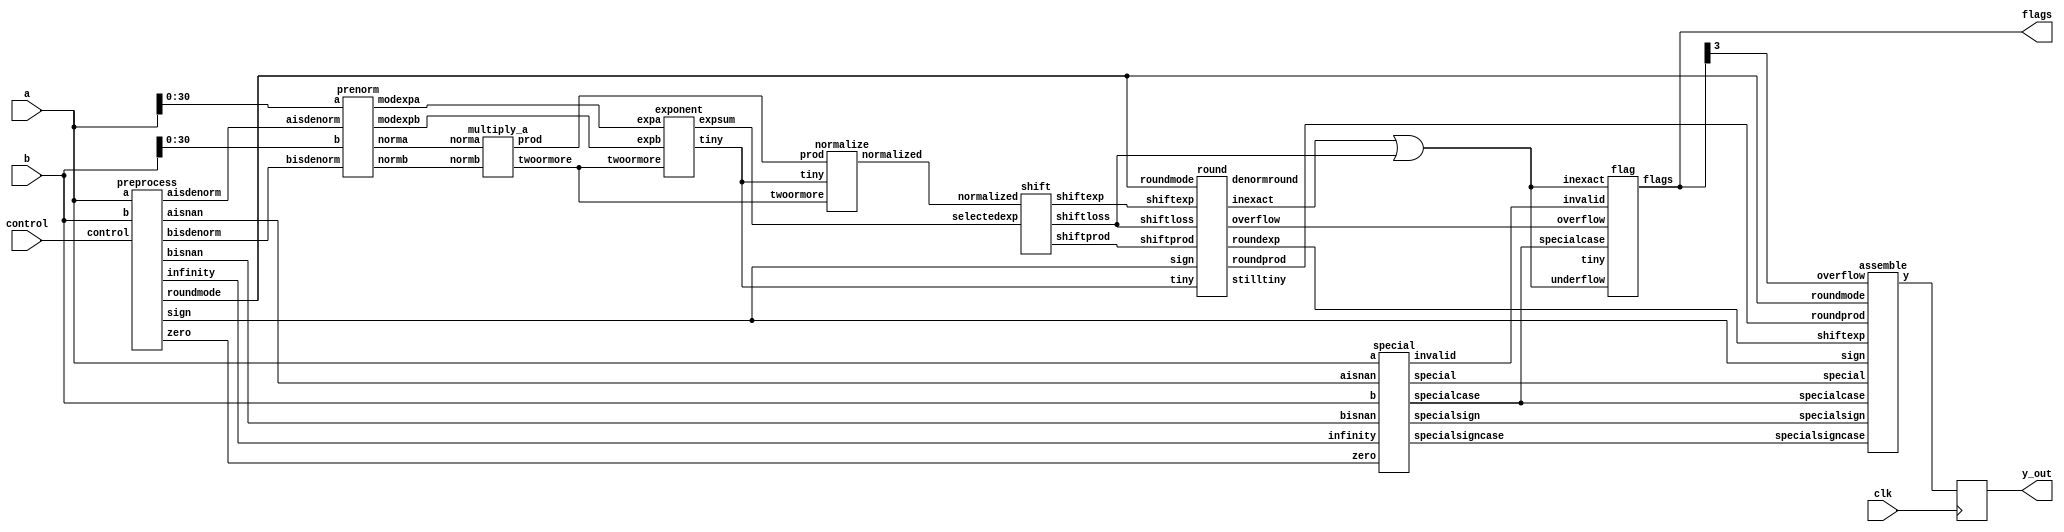
`define NWIDTH 6'b010100
`define BLOCKWIDTH 4'b0101
`define DDRWIDTH 7'b0100000
`define DDRNUMDQS 4'b0100
`define DDRSIZEWIDTH 6'b011000
`define BURSTLEN 3'b010
`define MEMCONWIDTH 8'b01000000
`define MEMCONNUMBYTES 5'b01000
`define RAMWIDTH 10'b0100000000
`define RAMNUMBYTES 7'b0100000
`define RAMSIZEWIDTH 4'b0101
`define TOPWIDTH 7'b0100000
`define rFIFOINPUTWIDTH 8'b01000000
`define wFIFOINPUTWIDTH 10'b0100000000
`define mFIFOWIDTH 6'b011100
`define aFIFOWIDTH 4'b0101
`define SIMULATION_MEMORY
`define BLOCKM 6'b010000
`define BLOCKN 6'b010000
`define BLOCKMDIVK 3'b010
`define MEMBLOCKM 5'b01000
`define MEMBLOCKN 5'b01000
`define NWIDTH 6'b010100
`define BLOCKWIDTH 4'b0101
`define DDRSIZEWIDTH 6'b011000
`define RAMSIZEWIDTH 4'b0101
`define START 1'b0 //0
`define SETUP 2'b01 //1
`define FIRST 3'b010 //2
`define MODE0_SETUP 3'b011 //3
`define MODE0_WAIT 4'b0100 //4
`define MODE0 4'b0101 //5
`define MODE1_SETUP 4'b0110 //6
`define MODE1_WAIT 4'b0111 //7
`define MODE1 5'b01000 //8
`define MODE2_SETUP 5'b01001 //9
`define MODE2_WAIT 5'b01010 //10
`define MODE2 5'b01011 //11
`define MODE3_SETUP 5'b01100 //12
`define MODE3_WAIT 5'b01101 //13
`define MODE3 5'b01110 //14
`define STALL 5'b01111 //15
`define STALL_WAIT 6'b010000 //16
`define WAIT 6'b010001 //17
`define FINAL_WRITE 6'b010010 //18
`define FINAL_WAIT 6'b010011 //19
`define IDLE 6'b010100 //20
`define LAST_SETUP 6'b010101 //21
`define LAST_SETUP_WAIT 6'b010110 //22
`define LAST 6'b010111 //23
`define LAST_WAIT 6'b011000 //24
`define MEM_IDLE 1'b0 //0
`define MEM_WRITE 2'b01 //1
`define MEM_WRITE_WAIT 3'b010 //2
`define MEM_CHECK_DONE 3'b011 //3
`define MEM_READ 4'b0100 //4
`define MEM_READ_WAIT 4'b0101 //5
`define MEM_DONE 4'b0110 //6
`define MEM_WAIT_DONE 4'b0111 //7
`define rRAMSIZEWIDTH 5
`define cSETUP 4'b0000
`define cSTART 4'b0001
`define cFETCH_COL 4'b0010
`define cWAIT_COL 4'b0011
`define cFIND_REC 4'b0100
`define cMULT_COL 4'b0101
`define cUPDATE_J 4'b0110
`define cSTORE_MO 4'b0111
`define cMULT_SUB 4'b1000
`define cINCRE_I 4'b1001
`define cWAIT 4'b1010
`define cDONE 4'b1011
`define cSTORE_DIAG 4'b1100
`define cSTORE_DIAG2 4'b1101
`define cSTART_FETCH_ROW 4'b1110
`define cROW_WAIT 2'b00
`define cFETCH_ROW 2'b01
`define cDONE_FETCH_ROW 2'b10
`define cLOAD_ROW_INC_J 2'b11
`define PRECISION 7'b0100000
`define NUMPE 5'b01000
`define PEWIDTH 3'b011
`define BLOCKWIDTH 4'b0101
`define RAMWIDTH 10'b0100000000
`define RAMNUMBYTES 7'b0100000
`define RAMSIZEWIDTH 4'b0101
`define TOPSIZEWIDTH 5'b01000
`define TOPINPUTDELAY 3'b011
`define TOPOUTPUTDELAY 2'b01
`define MEMINPUTDELAY 3'b010
`define MEMOUTPUTDELAY 2'b01
`define TOPWIDTH 7'b0100000
//`define rFIFOINPUTWIDTH 64
`define rFIFOSIZE 64
`define rFIFOSIZEWIDTH 6
`define rFIFOOUTPUTWIDTH 256
`define rFIFORSIZEWIDTH 4
	`define wFIFOINPUTWIDTH 10'b0100000000
	`define wFIFOSIZE 6'b010000
	`define wFIFOSIZEWIDTH 4'b0100
	`define wFIFOOUTPUTWIDTH 8'b01000000
	`define wFIFORSIZEWIDTH 4'b0110
`define aFIFOSIZE 6'b010000
`define aFIFOSIZEWIDTH 4'b0100
`define aFIFOWIDTH 4'b0101
`define mFIFOSIZE 16
`define mFIFOSIZEWIDTH 4
//`define mFIFOWIDTH 28
`define BURSTLEN 3'b010
`define BURSTWIDTH 3'b010
`define DATAWIDTH 10'b0100000000
`define DATANUMBYTES 7'b0100000
`define MEMCONWIDTH 8'b01000000
`define MEMCONNUMBYTES 5'b01000
`define DDRSIZEWIDTH 6'b011000
`define FIFOSIZE 6'b010000
`define FIFOSIZEWIDTH 4'b0100
`define RAMWIDTH 10'b0100000000
`define RAMNUMBYTES 7'b0100000
`define RAMSIZEWIDTH 4'b0101
`define RATIO 4'b0100
`define RAMLAT 4'b0101
`define dIDLE 0
`define dWRITE 1
`define dREAD 2
`define ZERO        8'b00000000  
`define ONE         8'b00000001  
`define TWO         8'b00000010  
`define THREE 		  8'b00000011  
`define FOUR		  8'b00000100  
`define FIVE		  8'b00000101  
`define SIX         8'b00000110  
`define SEVEN       8'b00000111  
`define EIGHT       8'b00001000  
`define NINE        8'b00001001  
`define TEN         8'b00001010  
`define ELEVEN      8'b00001011  
`define TWELVE      8'b00001100  
`define THIRTEEN    8'b00001101  
`define FOURTEEN    8'b00001110  
`define FIFTEEN     8'b00001111  
`define SIXTEEN     8'b00010000  
`define SEVENTEEN   8'b00010001  
`define EIGHTEEN	  8'b00010010  
`define NINETEEN    8'b00010011  
`define TWENTY		  8'b00010100  
`define TWENTYONE   8'b00010101  
`define TWENTYTWO   8'b00010110  
`define TWENTYTHREE 8'b00010111  
`define TWENTYFOUR  8'b00011000  
`define WEXP	8  
`define WSIG	23  
`define WFLAG	5  
`define WCONTROL 5  
`define DIVZERO 	0  
`define INVALID 	1  
`define INEXACT 	2  
`define OVERFLOW 	3  
`define UNDERFLOW	4  
`define WIDTH 		32 	//(`WEXP + `WSIG + 1)  
`define PRODWIDTH	48 	//(2 * (`WSIG + 1))  
`define SHIFTWIDTH	96 	//(2 * `PRODWIDTH))  
`define WPRENORM	24	// `WSIG + 1  
`define WEXPSUM		10	// `WEXP + 2  
`define BIAS		127	// (2^(`WEXP)) - 1  
`define WSIGMINUS1	22	// `WSIG - 1, used for rounding  
`define WSHIFTAMT	5	// log2(`WSIG + 1) rounded up  
`define UNDERBIAS	192	// 3 * 2 ^ (`WEXP -2)  
`define OVERBIAS	-192	// -`UNDERBIAS  
`define	EXTRASIG	25		// `WSIG+2 this is the amount of precision needed so no  
`define	SHIFT		5		// # bits the max alignment shift will fit in (log2(`WSIG+2)  
`define	MAX_EXP		8'b11111110	// the maximum non-infinite exponent,  
`define	INF_EXP		8'b11111111	// Infinity exponent, `WEXP bits, all 1  
`define	MAX_SIG		23'b11111111111111111111111  
`define	WEXP_0		8'b0		// Exponent equals `WEXP'b0  
`define	WEXP_1		8'b1		// Exponent equals one `WEXP'b1  
`define	WSIG_0		23'b0		// Significand equals zero `WSIG'b0  
`define	WSIG_1		23'b1		// Significand equals one `WSIG'b1  
`define	EXTRASIG_0	25'b0		// All result bits for adder zero `EXTRASIG'b0  
`define	MAXSHIFT	24		// `WSIG + 1  
`define CONSTNAN	{9'b111111111,22'b0}  
`define CONSTZERO	31'b0  
`define CONSTINFINITY	{8'b11111111, 23'b0}  
`define CONSTLARGEST	{`MAX_EXP, `MAX_SIG}  
`define PRESHIFTZEROS  48'b0 // `PRODWIDTH'b0  

module fpmul(clk, a, b, y_out, control, flags) ; 
	  
	input clk;  
	 
  // external signals 
  input	 [`WIDTH-1:0] 	a, b;		// floating-point inputs 
  output [`WIDTH-1:0] 	y_out;		// floating-point product 
  reg [`WIDTH-1:0] y_out; 
  input  [1:0] control;	// control including rounding mode 
  output [`WFLAG-1:0]	flags;		// DIVZERO, INVALID, INEXACT,  
					// OVERFLOW, UNDERFLOW (defined in constant.v) 
 
	//intermediate y_out 
	wire [`WIDTH-1:0]y; 
					 
  // internal signals 
  wire			multsign;	// sign of product 
  wire			specialsign;	// sign of special 
 
  wire  [`WSIG:0] 	norma;		// normal-form mantissa a, 1 bit larger to hold leading 1 
  wire  [`WSIG:0] 	normb;		// normal-form mantissa b, 1 bit larger to hold leading 1 
 
  wire	[`WEXPSUM-1:0]	expa, expb;	// the two exponents, after prenormalization 
  wire	[`WEXPSUM-1:0] 	expsum;		// sum of exponents (two's complement) 
  wire	[`WEXPSUM-1:0] 	shiftexp;	// shifted exponent 
  wire	[`WEXP-1:0] 	roundexp;	// rounded, correct exponent 
 
  wire	[`PRODWIDTH-1:0] prod;		// product of mantissae 
  wire	[`PRODWIDTH-1:0] normalized;	// Normalized product 
  wire	[`SHIFTWIDTH-1:0] shiftprod;	// shifted product 
  wire	[`WSIG-1:0]	roundprod;	// rounded product 
  wire	[`WIDTH-2:0]	special;	// special case exponent and product 
 
  wire			twoormore;	// product is outside range [1,2) 
  wire			zero;		// zero detected 
  wire			infinity;	// infinity detected 
  wire			aisnan;		// NaN detected in A 
  wire			bisnan;		// NaN detected in B 
  wire			aisdenorm;	// Denormalized number detected in A 
  wire			bisdenorm;	// Denormalized number detected in B 
  wire			specialcase;	// This is a special case 
  wire			specialsigncase; // Use the special case sign 
  wire			roundoverflow;	// overflow in rounding, need to add 1 to exponent 
  wire			invalid;	// invalid operation 
  wire			overflow;	// exponent result too high, standard overflow 
  wire			inexact;	// inexact flag 
  wire			shiftloss;	// lost digits due to a shift, result inaccurate 
  wire	[1:0]		roundmode;	// rounding mode information extracted from control field   
  wire			tiny;		// Result is tiny (denormalized #) after multiplication 
  wire			stilltiny;	// Result is tiny (denormalized #) after rounding 
  wire			denormround;	// rounding occured only because the initial result was 
					//	a denormalized number. This is used to determine 
					//	underflow in cases of denormalized numbers rounding 
					//	up to normalized numbers 
 
  preprocess	preprocesser(a, b, zero, aisnan, bisnan,  
				aisdenorm, bisdenorm, infinity,  
				control, roundmode, sign);   
 
  special	specialer(a, b, special, specialsign, zero,  
				aisnan, bisnan,  
				infinity, invalid,  
				specialcase, specialsigncase); 
   
  prenorm	prenormer(a[`WIDTH-2:0], b[`WIDTH-2:0], norma, normb, expa, expb, aisdenorm, bisdenorm); 
 
  multiply_a	multiplier(norma, normb, prod, twoormore); 
 
  exponent	exponenter(expa, expb, expsum, twoormore, tiny); 
 
  normalize	normalizer(prod, normalized, tiny, twoormore);   
 
  shift		shifter(normalized, expsum, shiftprod,  
			shiftexp, shiftloss); 
 
  round		rounder(shiftprod, shiftexp, shiftloss, 
			roundprod, roundexp,  
			roundmode, sign, tiny, inexact,  
			overflow, stilltiny, denormround); 
 
		// *** To check for tininess before rounding, use tiny 
		//	To check after rounding, use stilltiny 
		// *** for underflow detect: 
		//	To check for inexact result use (inexact | (shiftloss & stilltiny)),  
		//	To check for denormilization loss use (shiftloss & stilltiny) 
//  flag		flager(invalid, overflow, inexact | shiftloss,  
//			shiftloss | inexact, 
//			/* tiny */ (stilltiny | (tiny & denormround)),  
//			specialcase, flags);  
			  
  //ODIN cannot have operations in module instantiations.  
  wire inexact_or_shiftloss;  
  assign inexact_or_shiftloss = inexact | shiftloss;  
  wire shiftloss_or_inexact;  
  assign shiftloss_or_inexact = shiftloss | inexact;  
  wire still_tiny_or_tiny_and_denormround;  
  assign still_tiny_or_tiny_and_denormround = stilltiny | (tiny & denormround);  
  
    flag		flager(invalid, overflow, inexact_or_shiftloss,  
			shiftloss_or_inexact, 
			/* tiny */ stilltiny_or_tiny_and_denormround,  
			specialcase, flags);  
	  
 
  assemble	assembler(roundprod, special, y,  
			sign, specialsign, roundexp,  
			specialcase, specialsigncase, 
			roundmode, flags[`OVERFLOW]); 
			 
	always @ (posedge clk) begin 
		y_out <= y; 
	end 
 
endmodule  
module assemble(roundprod, special, y, sign, specialsign,  
		shiftexp, specialcase, specialsigncase, 
		roundmode, overflow); 
 
  // external signals 
  input	[`WSIG-1:0] 	roundprod;	// shifted, rounded and normalized  
					// 	product of mantissae 
  input	[`WIDTH-2:0]	special;	// special case product + exponent 
  output [`WIDTH-1:0] 	y;		// floating-point product 
  input			sign;		// sign of product (+ = 0, - = 1) 
  input			specialsign;	// special case sign 
  input	[`WEXP-1:0] 	shiftexp;	// shifted exponent 
  input			specialcase;	// this is a special case 
  input			specialsigncase; // use the special case sign 
  input	[1:0]		roundmode;	// rounding mode information extracted from control field   
  input			overflow;	// overflow detected 
   
  // internal signals 
  wire	[`WIDTH-2:0]	rounded;	// final product + exponent 
  wire	[`WIDTH-2:0]	overflowvalue;	// product + exponent for overflow condition 
  wire			undenormed;	// the result was denormalized before rounding, but rounding  
					//	caused it to become a small normalized number. 
 
  // SET UP ROUNDED PRODUCT + EXPONENT 
   
  // assign significand 
  assign rounded[`WSIG-1:0]	= roundprod; 
 
  // assign exponent 
  assign rounded[`WIDTH-2:`WIDTH-`WEXP-1] = shiftexp; 
 
  // SET UP OVERFLOW CONDITION 
  assign overflowvalue[`WIDTH-2:0] = roundmode[1] ?  
				(sign ^ roundmode[0] ? `CONSTLARGEST : `CONSTINFINITY) : 
				(roundmode[0] ? `CONSTLARGEST: `CONSTINFINITY); 
 
  // FINAL PRODUCT ASSIGN  
 
  // assign sign 
  assign y[`WIDTH-1]	= specialsigncase ? specialsign : sign; 
 
  // assign product vs special vs overflowed 
  assign y[`WIDTH-2:0]	= specialcase ? special[`WIDTH-2:0] : 
				(overflow ? overflowvalue[`WIDTH-2:0] : 
				rounded[`WIDTH-2:0]); 
 
endmodule 
module flag (invalid, overflow, inexact, underflow, tiny, specialcase, flags); 
 
  input			invalid;	// invalid operation 
  input			overflow;	// the result was too large 
  input			inexact;	// The result was rounded 
  input			specialcase;	// Using special result, shouldn't throw flags 
  input			underflow;	// Underflow detected 
  input			tiny;		// The result is tiny 
 
  output [`WFLAG-1:0]	flags;		// DIVZERO, INVALID, INEXACT,  
					// OVERFLOW, UNDERFLOW (defined in constant.v) 
 
  // flags 
  assign flags[`DIVZERO]	= 1'b0; 
  assign flags[`INVALID]	= invalid; 
  assign flags[`INEXACT]	= ~specialcase & (inexact | underflow | overflow); 
  assign flags[`OVERFLOW]	= ~specialcase & overflow; 
  assign flags[`UNDERFLOW]	= tiny; //~specialcase & tiny & underflow & ~overflow; 
 
endmodule  
module round(shiftprod, shiftexp, shiftloss, roundprod, roundexp, roundmode,  
		sign, tiny, inexact, overflow, stilltiny, denormround); 
 
  // external signals 
  input	[`SHIFTWIDTH-1:0] shiftprod;	// normalized and shifted product of mantissae 
  input [`WEXPSUM-1:0]	shiftexp;	// shifted exponent 
  input			shiftloss;	// bits were lost in the shifting process 
  output [`WSIG-1:0] 	roundprod;	// rounded floating-point product 
  output [`WEXP-1:0] 	roundexp;	// rounded exponent 
  input  [1:0] 		roundmode;	// 00 = RN; 01 = RZ; 10 = RP; 11 = RM 
  input			sign;		// sign bit for rounding mode direction 
  input			tiny;		// denormalized number after rounding 
  output		inexact;	// rounding occured 
  output		overflow;	// overflow occured 
  output		stilltiny;	// Result is tiny (denormalized #) after rounding 
  output		denormround;	// result was rounded only because it was a denormalized number 
 
  // internal signals 
  wire			roundzero;	// rounding towards zero 
  wire			roundinf;	// rounding towards infinity 
  wire 			stickybit;	// there one or more 1 bits in the LS bits 
  wire			denormsticky;	// sticky bit if this weren't a denorm 
  wire [`WSIG-1:0] 	MSBits;		// most significant bits 
  wire [`WSIG:0] 	MSBitsplus1; 	// most significant bits plus 1 
					//	for rounding purposes. needs to be one 
					//	bit bigger for overflow 
  wire [1:0]		roundbits;	// bits used to compute rounding decision 
  wire 			rounddecision;	// round up 
  wire			roundoverflow;	// rounding overflow occured 
  wire [`WEXPSUM-1:0]	tempexp;	// exponent after rounding 
 
  //reduce round mode to three modes 
  //	dont need round nearest, it is implied 
  //	by roundzero and roundinf being false 
  //assign roundnearest 	= ~&roundmode; 
//  assign roundzero	= &roundmode || (^roundmode && (roundmode[0] || sign)); 
  assign roundzero	= (~roundmode[1] & roundmode[0]) | (roundmode[1] & (roundmode[0] ^ sign)); 
  assign roundinf	= roundmode[1] & ~(sign ^ roundmode[0]); 
 
  // pull out the most significant bits for the product 
  assign MSBits = shiftprod[`SHIFTWIDTH-1:`SHIFTWIDTH-`WSIG]; 
 
  // add a 1 to the end of MSBits for round up 
  assign MSBitsplus1 = MSBits + 1; 
 
  // pull out the last of the most significant bits  
  //	and the first of the least significant bits 
  //	to use for calculating the rounding decision 
  assign roundbits[1:0]	= shiftprod[`SHIFTWIDTH-`WSIG:`SHIFTWIDTH-`WSIG-1]; 
 
  // calculate the sticky bit. Are any of the least significant bits 1? 
  //	also: was anything lost while shifting? 
  // *** Optimization: some of these bits are already checked from the shiftloss *** 
  // *** Optimization: stickybit can be calculated from denormsticky  
  //			with only 1 more gate, instead of duplication of effort *** 
  assign stickybit 	= |shiftprod[`SHIFTWIDTH-`WSIG-2:0] | shiftloss; 
  assign denormsticky 	= |shiftprod[`SHIFTWIDTH-`WSIG-3:0] | shiftloss; 
 
  // Compute rounding decision 
  assign rounddecision	= ~roundzero & 	( (roundbits[0]	& (roundinf | roundbits[1])) 
					| (stickybit	& (roundinf | roundbits[0])) 
					); 
 
  // Was this only rounded because it is a denorm? 
  assign denormround	= tiny & rounddecision & ~denormsticky & roundbits[0]; 
 
  // detect rounding overflow. it only overflows if: 
  // 1) the top bit of MSBitsplus1 is 1 
  // 2) it decides to round up 
  assign roundoverflow	= MSBitsplus1[`WSIG] & rounddecision; 
 
  // assign significand (and postnormalize) 
  //  rounddecision decides whether to use msbits+1 or msbits. 
  //  if using msbits+1 and there is an rounding overflow (i.e. result=2), 
  //  then should return 1 instead 
  assign roundprod = rounddecision ?  
 			(roundoverflow ? 0 :  
			MSBitsplus1[`WSIG-1:0]) : 
			MSBits; 
 
  // detect inexact 
  assign inexact	= rounddecision | stickybit | roundbits[0]; 
 
  // compensate for a rounding overflow 
  assign tempexp 	= roundoverflow + shiftexp; 
 
  // check for overflow in exponent 
  //	overflow occured if the number 
  //	is too large to be represented, 
  //	i.e. can't fit in `WEXP bits, or 
  //	all `WEXP bits are 1's 
  assign overflow	= &tempexp[`WEXP-1:0] | |tempexp[`WEXPSUM-1:`WEXP]; 
 
  // two possible cases: 
  //	1) Overflow: then exponent doesnt matter, 
  //	it will be changed to infinity anyway 
  //	2) not overflow: the leading bits will be 0 
  assign roundexp	= tempexp[`WEXP-1:0]; 
 
  // The result is tiny if the exponent is less than 1. 
  //	Because the exponent sum is NOT in 2's-complement form, 
  //	it is only less than one if its is zero, i.e. 
  //    all the bits are 0 
  assign stilltiny	= ~|roundexp; 
 
endmodule  
module shift(normalized, selectedexp, shiftprod, shiftexp, shiftloss); 
 
  // external signals 
  input	[`PRODWIDTH-1:0] normalized;	// normalized product of mantissae 
  input	[`WEXPSUM-1:0] 	selectedexp;	// sum of exponents 
  output [`SHIFTWIDTH-1:0] shiftprod;	// shifted and normalized product 
  output [`WEXPSUM-1:0]	shiftexp;	// shifted exponent 
  output		shiftloss;	// loss of accuaracy due to shifting 
 
  // internal signals 
  wire	[`WEXPSUM-1:0]	roundedexp;		// selected exponent + 1 if rounding caused overflow 
//  wire			negexp;		// exponent is negative 
  wire	[`WEXPSUM-1:0]	shiftamt;		// theoretical amount to shift product by 
  wire	[`WSHIFTAMT-1:0] actualshiftamt;	// actual amount to shift product by 
  wire			tozero;		// need more shifts than possible with width of significand 
  wire			doshift;	// only shift if value is nonnegative 
  wire	[`SHIFTWIDTH-1:0] preshift; 	// value before shifting, with more room to ensure lossless shifting 
  reg	[`SHIFTWIDTH-1:0] postshift;	// value after shifting, with more room to ensure lossless shifting, used to be wire, changed for ODIN. 
 
  // set up value for shifting 
  assign preshift	= {normalized, `PRESHIFTZEROS}; 
 
  // determine shift amount 
  assign shiftamt	=  -selectedexp; 
 
  // make sure shift amount is nonnegative 
  //	If the exponent is negative, the shift amount should 
  //	come out positive, otherwise there shouldn't be any 
  //	shifting to be done 
  assign doshift	= ~shiftamt[`WEXPSUM-1]; 
   
  // Determine if the result must be shifted more than 
  //	will show up in the significand, even if it rounds up 
  assign tozero		= doshift & (shiftamt > `MAXSHIFT); 
 
  // If the shift is big enough to shift all the bits out of the final significand, 
  //	then it stops being relevent how much it has been shifted. 
  assign actualshiftamt	= tozero ? `MAXSHIFT : shiftamt[`WSHIFTAMT-1:0]; 
 
  // shift significand 
  //assign postshift	= preshift >> actualshiftamt;  
  //We can only have constant shifts for ODIN:  
  always @ (actualshiftamt or preshift) begin  
		case (actualshiftamt)   
			5'b00001: begin  
				postshift = preshift >> 5'b00001; 
			end 
 
			5'b00010: begin  
				postshift = preshift >> 5'b00010; 
			end 
 
			5'b00011: begin  
				postshift = preshift >> 5'b00011; 
			end 
 
			5'b00100: begin  
				postshift = preshift >> 5'b00100; 
			end 
 
			5'b00101: begin  
				postshift = preshift >> 5'b00101; 
			end 
 
			5'b00110: begin  
				postshift = preshift >> 5'b00110; 
			end 
 
			5'b00111: begin  
				postshift = preshift >> 5'b00111; 
			end 
 
			5'b01000: begin  
				postshift = preshift >> 5'b01000; 
			end 
 
			5'b01001: begin  
				postshift = preshift >> 5'b01001; 
			end 
 
			5'b01010: begin  
				postshift = preshift >> 5'b01010; 
			end 
 
			5'b01011: begin  
				postshift = preshift >> 5'b01011; 
			end 
 
			5'b01100: begin  
				postshift = preshift >> 5'b01100; 
			end 
 
			5'b01101: begin  
				postshift = preshift >> 5'b01101; 
			end 
 
			5'b01110: begin  
				postshift = preshift >> 5'b01110; 
			end 
 
			5'b01111: begin  
				postshift = preshift >> 5'b01111; 
			end 
 
			5'b10000: begin  
				postshift = preshift >> 5'b10000; 
			end 
 
			5'b10001: begin  
				postshift = preshift >> 5'b10001; 
			end 
 
			5'b10010: begin  
				postshift = preshift >> 5'b10010; 
			end 
 
			5'b10011: begin  
				postshift = preshift >> 5'b10011; 
			end 
 
			5'b10100: begin  
				postshift = preshift >> 5'b10100; 
			end 
 
			5'b10101: begin  
				postshift = preshift >> 5'b10101; 
			end 
 
			5'b10110: begin  
				postshift = preshift >> 5'b10110; 
			end 
 
			5'b10111: begin  
				postshift = preshift >> 5'b10111; 
			end 
 
			5'b11000: begin  
				postshift = preshift >> 5'b11000; 
			end 
 
			5'b11001: begin  
				postshift = preshift >> 5'b11001; 
			end 
 
			5'b11010: begin  
				postshift = preshift >> 5'b11010; 
			end 
 
			5'b11011: begin  
				postshift = preshift >> 5'b11011; 
			end 
 
			5'b11100: begin  
				postshift = preshift >> 5'b11100; 
			end 
 
			5'b11101: begin  
				postshift = preshift >> 5'b11101; 
			end 
 
			5'b11110: begin  
				postshift = preshift >> 5'b11110; 
			end 
 
			5'b11111: begin  
				postshift = preshift >> 5'b11111; 
			end  
		  
			default: begin  
				postshift = preshift;  
			end  
		endcase  
	end 
 
 
  // assign appropriate significand 
  assign shiftprod	= doshift ? postshift :	preshift; 
 
  // determine if any bits were lost from the shift 
  //assign shiftloss	= tozero | (negexp & |postshift[`WSIG-1:0]);  
  assign shiftloss	= tozero | (doshift & |postshift[`SHIFTWIDTH-`PRODWIDTH-1:0]);  
 
  // assign appropriate exponent 
  assign shiftexp	= doshift ? 0 : selectedexp;   
 
endmodule   
module normalize(prod, normalized, tiny, twoormore); 
 
  // external signals 
  input  [`PRODWIDTH-1:0]	prod;		// Product of multiplication 
  output [`PRODWIDTH-1:0]	normalized;	// Normalized product 
  input				tiny;		// Result is tiny (denormalized #) 
  input				twoormore;	// Product overflowed range [1,2) 
 
  // normalize product if appropriate 
  //	There are three possible cases here: 
  //	1) tiny and prod overfl. [1,2)	-> take the whole prod, including the leading 1 
  //	2) tiny or prod overfl. [1,2)	-> dont take the first bit. its zero if its tiny, 
  //				 		and it's the implied 1 if its not 
  //	3) neither tiny nor prod overfl.-> dont take the first 2 bits, the 2nd one is the 
  //						implied 1 
  assign normalized = (tiny & twoormore) ? prod[`PRODWIDTH-1:0] : 
			((tiny ^ twoormore) ? {prod[`PRODWIDTH-2:0],1'b0} : 
			{prod[`PRODWIDTH-3:0],2'b0}); 
 
endmodule   
module exponent(expa, expb, expsum, twoormore, tiny); 
 
  input	[`WEXPSUM-1:0]	expa, expb;	// the input exponents in 2's complement form 
					//	to accomodate denorms that have been 
					//	prenormalized 
  input			twoormore;	// product is outside range [1,2) 
 
  output [`WEXPSUM-1:0]	expsum;		// the sum of the exponents 
  output		tiny;		// Result is tiny (denormalized #) 
 
  // Sum the exponents, subtract the bias 
  // 	and add 1 (twoormore) if multiply went out of [1,2) range 
  assign expsum = expa + expb - `BIAS + twoormore; 
 
  // The result is tiny if the exponent is less than 1. 
  //	Because the exponent sum is in 2's-complement form, 
  //	it is negative if the first bit is 1, and zero if 
  //    all the bits are zero 
  assign tiny	= ~|expsum[`WEXPSUM-2:0] | expsum[`WEXPSUM-1]; 
 
 
endmodule  
module multiply_a (norma, normb, prod, twoormore); 
 
  input	 [`WSIG:0]		norma, normb;	// normalized mantissae 
 
  output [`PRODWIDTH-1:0] 	prod;		// product of mantissae 
  output			twoormore;	// Product overflowed range [1,2) 
 
  // multiplier array  
  //	(*** need a more effecient multiplier,  
  //	designware might work, though) 
  assign prod		= norma * normb; 
 
  // did the multiply overflow the range [1,2)? 
  assign twoormore	= prod[`PRODWIDTH-1]; 
 
endmodule   
module prenorm(a, b, norma, normb, modexpa, modexpb, aisdenorm, bisdenorm); 
 
  //input	[`WIDTH-1:0]	a, b;			// the input floating point numbers  
  input [`WIDTH-2:0] a, b;  //We don't need bit 31 here, unused in ODIN. 
  output [`WSIG:0]	norma, normb;		// the mantissae in normal form 
  output [`WEXPSUM-1:0]	modexpa, modexpb;	// the output exponents, larger to accomodate 
						//	two's complement form 
  input			aisdenorm;		// a is a denormalized number 
  input			bisdenorm;		// b is a denormalized nubmer 
 
  // internal signals 
  wire	[`WEXPSUM-1:0]	expa, expb;		// exponents in two's complement form 
						//	are negative if shifted for a 
						// 	denormalized number 
  wire	[`SHIFT-1:0]	shifta, shiftb; 	// the shift amounts 
  reg [`WSIG:0]	shifteda, shiftedb;	// the shifted significands, used to be wire, changed for ODIN. 
 
  // pull out the exponents 
  assign expa 	= a[`WIDTH-2:`WIDTH-1-`WEXP]; 
  assign expb 	= b[`WIDTH-2:`WIDTH-1-`WEXP]; 
 
  // when breaking appart for paramaterizing: 
  // ### RUN ./prenormshift.pl wsig_in ### 
assign shifta = a[23 - 1] ? 1 : 
                 a[23 - 2] ? 2 : 
                 a[23 - 3] ? 3 : 
                 a[23 - 4] ? 4 : 
                 a[23 - 5] ? 5 : 
                 a[23 - 6] ? 6 : 
                 a[23 - 7] ? 7 : 
                 a[23 - 8] ? 8 : 
                 a[23 - 9] ? 9 : 
                 a[23 - 10] ? 10 : 
                 a[23 - 11] ? 11 : 
                 a[23 - 12] ? 12 : 
                 a[23 - 13] ? 13 : 
                 a[23 - 14] ? 14 : 
                 a[23 - 15] ? 15 : 
                 a[23 - 16] ? 16 : 
                 a[23 - 17] ? 17 : 
                 a[23 - 18] ? 18 : 
                 a[23 - 19] ? 19 : 
                 a[23 - 20] ? 20 : 
                 a[23 - 21] ? 21 : 
                 a[23 - 22] ? 22 : 
                 23; // dont need to check last bit 
// if the second to last isn't 1, then the last one must be 
 
assign shiftb = b[23 - 1] ? 1 : 
                 b[23 - 2] ? 2 : 
                 b[23 - 3] ? 3 : 
                 b[23 - 4] ? 4 : 
                 b[23 - 5] ? 5 : 
                 b[23 - 6] ? 6 : 
                 b[23 - 7] ? 7 : 
                 b[23 - 8] ? 8 : 
                 b[23 - 9] ? 9 : 
                 b[23 - 10] ? 10 : 
                 b[23 - 11] ? 11 : 
                 b[23 - 12] ? 12 : 
                 b[23 - 13] ? 13 : 
                 b[23 - 14] ? 14 : 
                 b[23 - 15] ? 15 : 
                 b[23 - 16] ? 16 : 
                 b[23 - 17] ? 17 : 
                 b[23 - 18] ? 18 : 
                 b[23 - 19] ? 19 : 
                 b[23 - 20] ? 20 : 
                 b[23 - 21] ? 21 : 
                 b[23 - 22] ? 22 : 
                 23; // dont need to check last bit 
// if the second to last isn't 1, then the last one must be 
 
 
 
  // If number is a denorm, the exponent must be  
  //	decremented by the shift amount 
  assign modexpa = aisdenorm ? 1 - shifta : expa;  
  assign modexpb = bisdenorm ? 1 - shiftb : expb;  
 
  // If number is denorm, shift the significand the appropriate amount 
//  assign shifteda = a[`WSIG-1:0] << shifta;  
	//Must have constant shifts for ODIN  
	always @ (shifta or a) begin  
		case (shifta)   
			5'b00001: begin  
				shifteda = a[`WSIG-1:0] << 5'b00001; 
			end 
 
			5'b00010: begin  
				shifteda = a[`WSIG-1:0] << 5'b00010; 
			end 
 
			5'b00011: begin  
				shifteda = a[`WSIG-1:0] << 5'b00011; 
			end 
 
			5'b00100: begin  
				shifteda = a[`WSIG-1:0] << 5'b00100; 
			end 
 
			5'b00101: begin  
				shifteda = a[`WSIG-1:0] << 5'b00101; 
			end 
 
			5'b00110: begin  
				shifteda = a[`WSIG-1:0] << 5'b00110; 
			end 
 
			5'b00111: begin  
				shifteda = a[`WSIG-1:0] << 5'b00111; 
			end 
 
			5'b01000: begin  
				shifteda = a[`WSIG-1:0] << 5'b01000; 
			end 
 
			5'b01001: begin  
				shifteda = a[`WSIG-1:0] << 5'b01001; 
			end 
 
			5'b01010: begin  
				shifteda = a[`WSIG-1:0] << 5'b01010; 
			end 
 
			5'b01011: begin  
				shifteda = a[`WSIG-1:0] << 5'b01011; 
			end 
 
			5'b01100: begin  
				shifteda = a[`WSIG-1:0] << 5'b01100; 
			end 
 
			5'b01101: begin  
				shifteda = a[`WSIG-1:0] << 5'b01101; 
			end 
 
			5'b01110: begin  
				shifteda = a[`WSIG-1:0] << 5'b01110; 
			end 
 
			5'b01111: begin  
				shifteda = a[`WSIG-1:0] << 5'b01111; 
			end 
 
			5'b10000: begin  
				shifteda = a[`WSIG-1:0] << 5'b10000; 
			end 
 
			5'b10001: begin  
				shifteda = a[`WSIG-1:0] << 5'b10001; 
			end 
 
			5'b10010: begin  
				shifteda = a[`WSIG-1:0] << 5'b10010; 
			end 
 
			5'b10011: begin  
				shifteda = a[`WSIG-1:0] << 5'b10011; 
			end 
 
			5'b10100: begin  
				shifteda = a[`WSIG-1:0] << 5'b10100; 
			end 
 
			5'b10101: begin  
				shifteda = a[`WSIG-1:0] << 5'b10101; 
			end 
 
			5'b10110: begin  
				shifteda = a[`WSIG-1:0] << 5'b10110; 
			end 
 
			5'b10111: begin  
				shifteda = a[`WSIG-1:0] << 5'b10111; 
			end 
 
			default: begin //Won't be higher than 23.  
				shifteda = a[`WSIG-1:0];  
			end  
		endcase  
	end  
 
  assign norma 	= aisdenorm ? shifteda : {1'b1, a[`WSIG-1:0]}; 
 
 // assign shiftedb = b[`WSIG-1:0] << shiftb;  
	always @ (shiftb or b) begin  
		case (shiftb)   
			5'b00001: begin  
				shiftedb = b[`WSIG-1:0] << 5'b00001; 
			end 
 
			5'b00010: begin  
				shiftedb = b[`WSIG-1:0] << 5'b00010; 
			end 
 
			5'b00011: begin  
				shiftedb = b[`WSIG-1:0] << 5'b00011; 
			end 
 
			5'b00100: begin  
				shiftedb = b[`WSIG-1:0] << 5'b00100; 
			end 
 
			5'b00101: begin  
				shiftedb = b[`WSIG-1:0] << 5'b00101; 
			end 
 
			5'b00110: begin  
				shiftedb = b[`WSIG-1:0] << 5'b00110; 
			end 
 
			5'b00111: begin  
				shiftedb = b[`WSIG-1:0] << 5'b00111; 
			end 
 
			5'b01000: begin  
				shiftedb = b[`WSIG-1:0] << 5'b01000; 
			end 
 
			5'b01001: begin  
				shiftedb = b[`WSIG-1:0] << 5'b01001; 
			end 
 
			5'b01010: begin  
				shiftedb = b[`WSIG-1:0] << 5'b01010; 
			end 
 
			5'b01011: begin  
				shiftedb = b[`WSIG-1:0] << 5'b01011; 
			end 
 
			5'b01100: begin  
				shiftedb = b[`WSIG-1:0] << 5'b01100; 
			end 
 
			5'b01101: begin  
				shiftedb = b[`WSIG-1:0] << 5'b01101; 
			end 
 
			5'b01110: begin  
				shiftedb = b[`WSIG-1:0] << 5'b01110; 
			end 
 
			5'b01111: begin  
				shiftedb = b[`WSIG-1:0] << 5'b01111; 
			end 
 
			5'b10000: begin  
				shiftedb = b[`WSIG-1:0] << 5'b10000; 
			end 
 
			5'b10001: begin  
				shiftedb = b[`WSIG-1:0] << 5'b10001; 
			end 
 
			5'b10010: begin  
				shiftedb = b[`WSIG-1:0] << 5'b10010; 
			end 
 
			5'b10011: begin  
				shiftedb = b[`WSIG-1:0] << 5'b10011; 
			end 
 
			5'b10100: begin  
				shiftedb = b[`WSIG-1:0] << 5'b10100; 
			end 
 
			5'b10101: begin  
				shiftedb = b[`WSIG-1:0] << 5'b10101; 
			end 
 
			5'b10110: begin  
				shiftedb = b[`WSIG-1:0] << 5'b10110; 
			end 
 
			5'b10111: begin  
				shiftedb = b[`WSIG-1:0] << 5'b10111; 
			end 
  
			default: begin // Won't be higher than 23.  
				shiftedb = b[`WSIG-1:0];  
			end  
		endcase  
	end 
		  
  
  assign normb 	= bisdenorm ? shiftedb : {1'b1, b[`WSIG-1:0]}; 
 
endmodule  
module special (a, b, special, specialsign,  
		zero, aisnan, bisnan, infinity,  
		invalid, specialcase, specialsigncase); 
 
  // external signals 
  input	[`WIDTH-1:0] 	a, b;		// floating-point inputs 
  output [`WIDTH-2:0]	special;	// special case output, exp + sig 
  output		specialsign;	// the special-case sign 
  input			zero;		// is there a zero? 
  input			aisnan;		// NaN detected in A 
  input			bisnan;		// NaN detected in B 
  input			infinity;	// infinity detected 
  output		invalid;	// invalid operation 
  output		specialcase;	// this is a special case 
  output		specialsigncase; // Use the special sign 
 
  // internal signals 
  wire			infandzero;	// infinity and zero detected 
  wire	[`WIDTH-2:0]	highernan;	// holds inputed NaN, the higher if two are input, 
					// and dont care if neither a nor b are NaNs 
  wire			aishighernan;	// a is the higher NaN 
 
  assign infandzero	= (infinity & zero); 
 
  //#######SPECIAL ASSIGNMENT###### 
  // #######return higher NaN########## 
  // Use this block if you want to return the higher of two NaNs 
 
  assign aishighernan = (aisnan & ((a[`WSIG-1:0] >= b[`WSIG-1:0]) | ~bisnan)); 
 
  assign highernan[`WIDTH-2:0] = aishighernan ? a[`WIDTH-2:0] : b[`WIDTH-2:0]; 
 
  assign special[`WIDTH-2:0] = (aisnan | bisnan) ? (highernan[`WIDTH-2:0]) :  
			(zero ?  
			(infinity ? (`CONSTNAN) : (`CONSTZERO)) : (`CONSTINFINITY)); 
  // #######return first NaN########## 
  // Use this block to return the first NaN encountered 
//  assign special	= aisnan ? (a[`WIDTH-2:0]) :  
//			(bisnan ? (b[`WIDTH-2:0]) :  
//			(zero ?  
//			(infinity ? (`CONSTNAN) : (`CONSTZERO)) : (`CONSTINFINITY))); 
  //######END SPECIAL ASSIGNMENT####### 
 
  assign specialcase	= zero | aisnan | bisnan | infinity; 
 
  assign invalid	= infandzero; //*** need to include something about signaling NaNs here 
 
  // dont need to check if b is NaN, if it defaults to that point, and b isnt NAN 
  // then it wont be used anyway 
  assign specialsign	= infandzero ? (1'b1) : (aishighernan ? a[`WIDTH-1] : b[`WIDTH-1]); 
 
  assign specialsigncase = infandzero | aisnan | bisnan; 
 
endmodule   
module preprocess(a, b, zero, aisnan, bisnan, aisdenorm, bisdenorm, infinity, control, roundmode, sign); 
 
  // external signals 
  input	[`WIDTH-1:0] 	a, b;		// floating-point inputs 
  output 		zero;		// is there a zero? 
  //input	[`WCONTROL-1:0]	control;	// control field  
  input [1:0] control; //the rest is unused, not necessary for ODIN. 
  output [1:0]		roundmode;	// 00 = RN; 01 = RZ; 10 = RP; 11 = RM  
  output		aisnan;		// NaN detected in A 
  output		bisnan;		// NaN detected in B 
  output		aisdenorm;	// denormalized number detected in A 
  output		bisdenorm;	// denormalized number detected in B 
  output		infinity;	// infinity detected in A 
  output		sign;		// sign of product 
 
  // internal signals 
  wire			signa, signb;	// sign of a and b 
  wire [`WEXP-1:0]	expa, expb;	// the exponents of a and b 
  wire [`WSIG-1:0]	siga, sigb;	// the significands of a and b 
  wire			aexpfull;	// the exponent of a is all 1's 
  wire			bexpfull;	// the exponent of b is all 1's 
  wire			aexpzero;	// the exponent of a is all 0's 
  wire			bexpzero;	// the exponent of b is all 0's 
  wire			asigzero;	// the significand of a is all 0's 
  wire			bsigzero;	// the significand of b is all 0's 
 
  // Sign calculation 
  assign signa 		= a[`WIDTH-1]; 
  assign signb 		= b[`WIDTH-1]; 
  assign sign = signa ^ signb; 
 
  // Significand calcuations 
 
  assign siga		= a[`WSIG-1:0]; 
  assign sigb		= b[`WSIG-1:0]; 
  // Are the significands all 0's? 
  assign asigzero	= ~|siga; 
  assign bsigzero	= ~|sigb; 
 
  // Exponent calculations 
 
  assign expa		= a[`WIDTH-2:`WIDTH-`WEXP-1]; 
  assign expb		= b[`WIDTH-2:`WIDTH-`WEXP-1]; 
  // Are the exponents all 0's? 
  assign aexpzero	= ~|expa; 
  assign bexpzero	= ~|expb; 
  // Are the exponents all 1's? 
  assign aexpfull	= &expa; 
  assign bexpfull	= &expb; 
 
  // General calculations 
 
  // Zero Detect 
  assign zero 		= (aexpzero & asigzero) | (bexpzero & bsigzero); 
 
  // NaN detect 
  assign aisnan		= aexpfull & ~asigzero; 
  assign bisnan		= bexpfull & ~bsigzero; 
 
  // Infinity detect 
  assign infinity	= (aexpfull & asigzero) | (bexpfull & bsigzero); 
 
  // Denorm detect 
  assign aisdenorm	= aexpzero & ~asigzero; 
  assign bisdenorm	= bexpzero & ~bsigzero; 
 
  // Round mode extraction 
  assign roundmode	= control[1:0]; 
 
endmodule